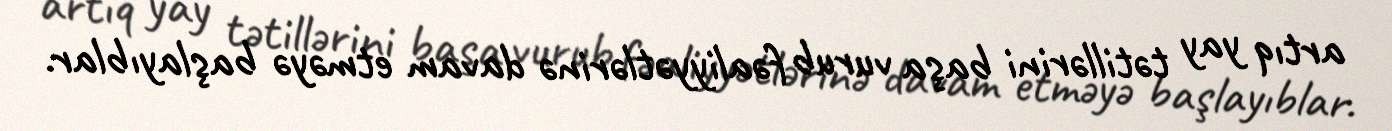
artıq yay tətillərini başa vurub fəaliyyətlərinə davam etməyə başlayıblar.